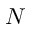
N